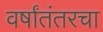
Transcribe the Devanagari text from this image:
वर्षांतंतरचा